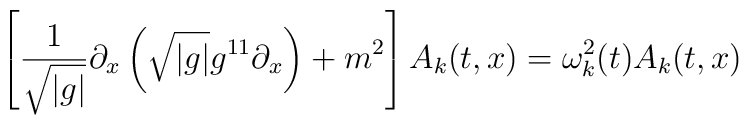
\left[\frac{1}{\sqrt{|g|}} \partial_x \left(\sqrt{|g|}g^{11}\partial_x\right) + m^2  \right]A_k(t,x) = \omega_k^2(t) A_k(t,x)